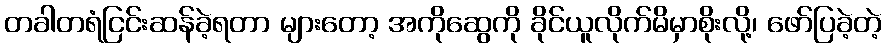
တခါတရံငြင်းဆန်ခဲ့ရတာ များတော့ အကိုဆွေကို ခိုင်ယူလိုက်မိမှာစိုးလို့၊ ဖော်ပြခဲ့တဲ့